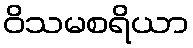
ဝိသမစရိယာ